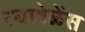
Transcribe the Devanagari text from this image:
त्यावेळेंस